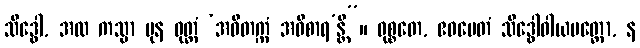
သိဒ္ဓေါ, အထ ကသ္မာ ပုန ဝုတ္တံ ‘အဝိတက္ကံ အဝိစာရ’န္တိ”။ ဝုစ္စတေ, ဧဝမေတံ သိဒ္ဓေါဝါယမတ္ထော, န